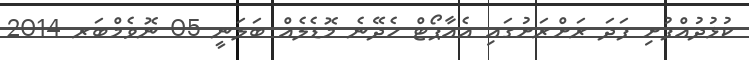
ކުޅުދުއްފުށި ފަދަ ރަށްރަށުގައި އެއާޕޯޓް ހެދޭނެ މޮޑެލެއް ބަލަނީ 05 ނޮވެމްބަރ 2014